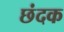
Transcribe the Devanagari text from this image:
छंदक